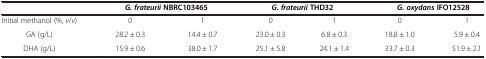
<table><thead><tr><td><b> </b></td><td colspan="2"><b><i>G. frateurii </i>NBRC103465</b></td><td colspan="2"><b><i>G. frateurii </i>THD32</b></td><td colspan="2"><b><i>G. oxydans </i>IFO12528</b></td></tr></thead><tbody><tr><td>Initial methanol (%, <i>v</i>/<i>v</i>)</td><td>0</td><td>1</td><td>0</td><td>1</td><td>0</td><td>1</td></tr><tr><td>GA (g/L)</td><td>28.2 ± 0.3</td><td>14.4 ± 0.7</td><td>23.0 ± 0.3</td><td>6.8 ± 0.3</td><td>18.8 ± 1.0</td><td>5.9 ± 0.4</td></tr><tr><td>DHA (g/L)</td><td>15.9 ± 0.6</td><td>38.0 ± 1.7</td><td>25.1 ± 5.8</td><td>24.1 ± 1.4</td><td>33.7 ± 0.3</td><td>51.9 ± 2.1</td></tr></tbody></table>